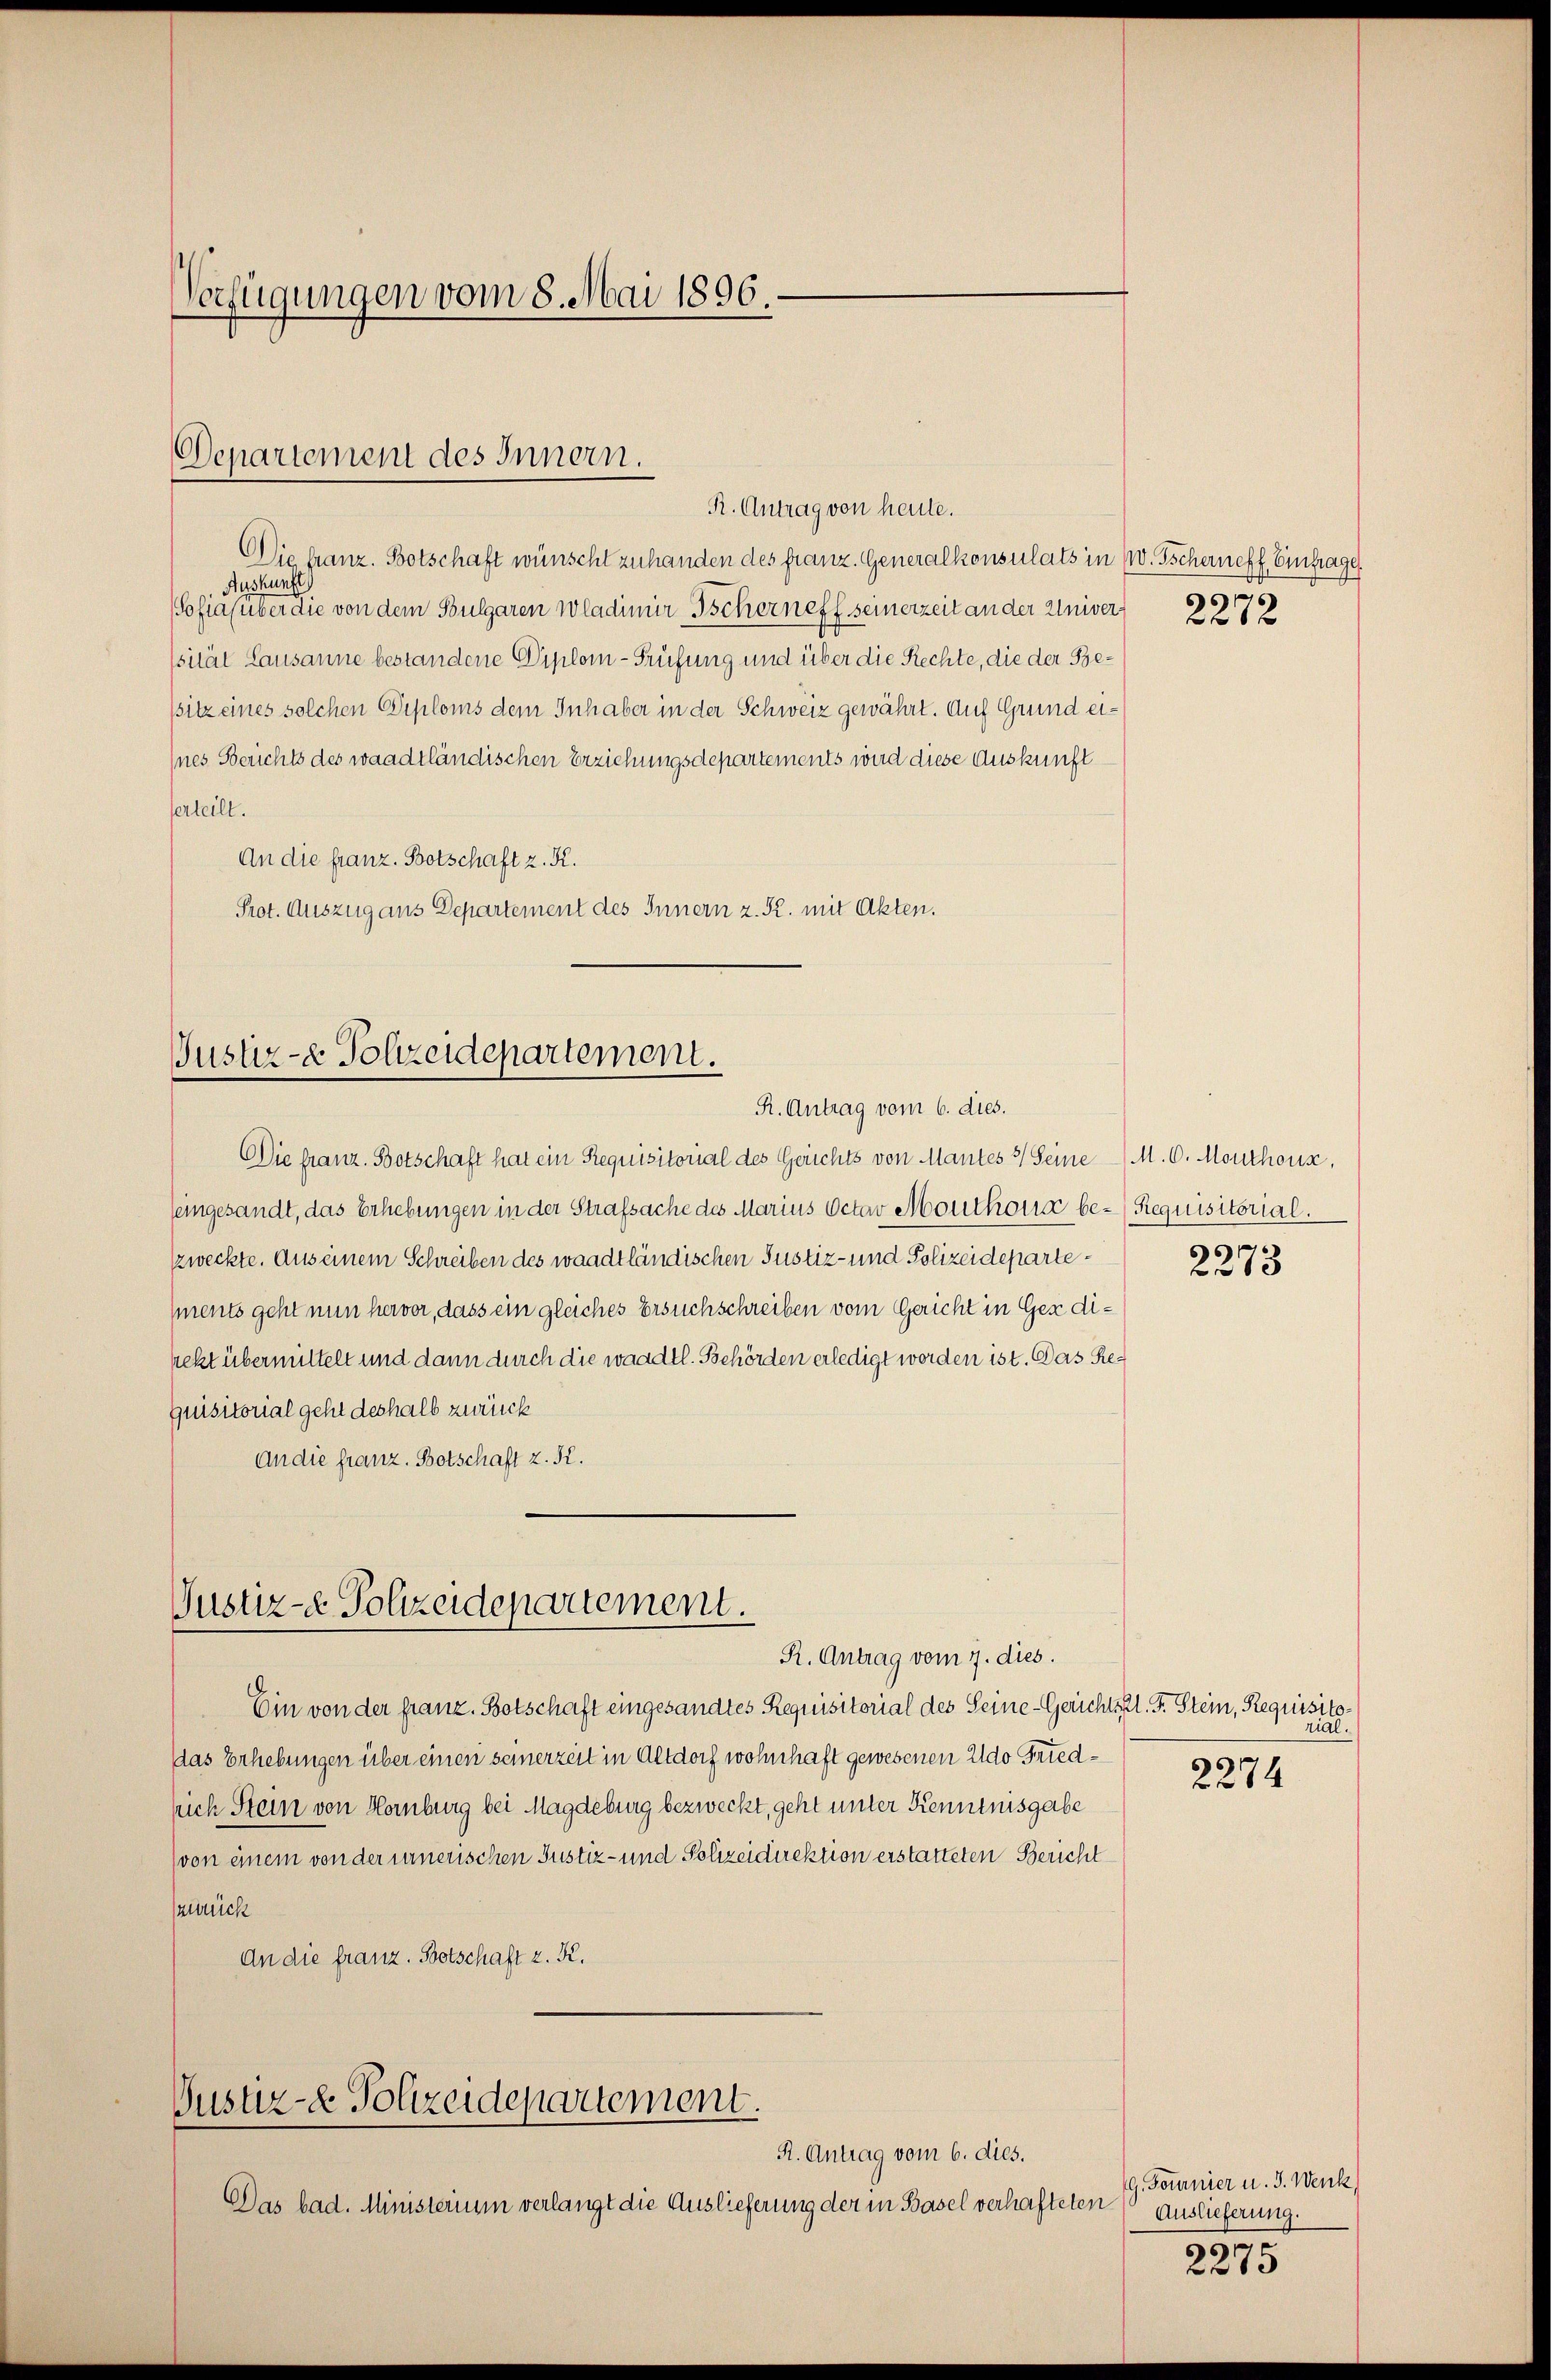
Verfügungen vom 8. Mai 1896.

R. Antrag von heute.
Die Granz. Botschaft wünscht zuhanden des franz. Generalkonsulats in W. Tscherneff, Einfrage,
Auskunft
Sofia (über die von dem Soulgaren Wladimir Tscher neff seinerzeit an der Univer 21 x
sität Lausanne bestandene Diplom-Prüfung und über die Rechte, die der Bessitz eines solchen Diploms dem Inhaber in der Schweiz gewährt. Auf Grund ei¬
Ines Berichts des waadtländischen Erziehungsdepartements wird diese Auskunft
serteilt.
An die franz. Botschaft z. K.
Prot. Auszug aus Departement des Innern z. R. mit Akten.

Departement des Innern.

Justiz- & Polizeidepartement.
R. Antrag vom 6. dies.

(eingesandt, das Erhebungen in der Strafsache des Marius Octav Mouthona be- Requisitorial.
szweckte. Aus einem Schreiben des waadtländischen Justiz- und Polizeidepartements geht nun hervor, dass ein gleiches Ersuchschreiben vom Gericht in Gez diekt übermittelt und dann durch die waadtl. Behörden erledigt worden ist. Das Requisitorial geht deshalb zurück
An die franz. Botschaft z. K.

Justiz- & Polizeidepartement.
R. Antrag vom 7. dies.

Puster - Polizeidepartement.

Die franz. Botschaft hat ein Requisitorial des Gerichts von Mantes 3/ Seine M. 6. Monthous,

R. Antrag vom 6. dies.
Das bad. Ministerium verlangt die Auslieferung der in Basel verhafteten

s

Ein von der franz. Botschaft eingesandtes Requisitorial des Seine-Gerichtspl. F. Stein, Requisitodas Erhebungen über einen seinerzeit in Altdorf wohnhaft gewesenen Aldo Friedsich Stein von Hornburg bei Magdeburg bezweckt, geht unter Kenntnisgabe
von einem von der innerischen Justiz- und Polizeidirektion erstatteten Bericht
zurück
An die franz. Botschaft z. K.

6
2213

cial.

2274

G. Fournier u. J. Wenk
Auslieferung.
99
275